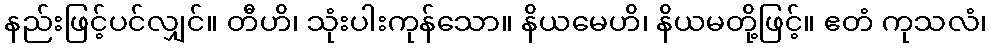
နည်းဖြင့်ပင်လျှင်။ တီဟိ၊ သုံးပါးကုန်သော။ နိယမေဟိ၊ နိယမတို့ဖြင့်။ ဧတံ ကုသလံ၊